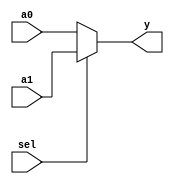
`timescale 1ns / 1ps

module mux2(a1,a0,sel,y);
    
    input [31:0] a1,a0;
    input sel;
    output [31:0] y;
    
    assign y = sel? a1:a0;
    
endmodule